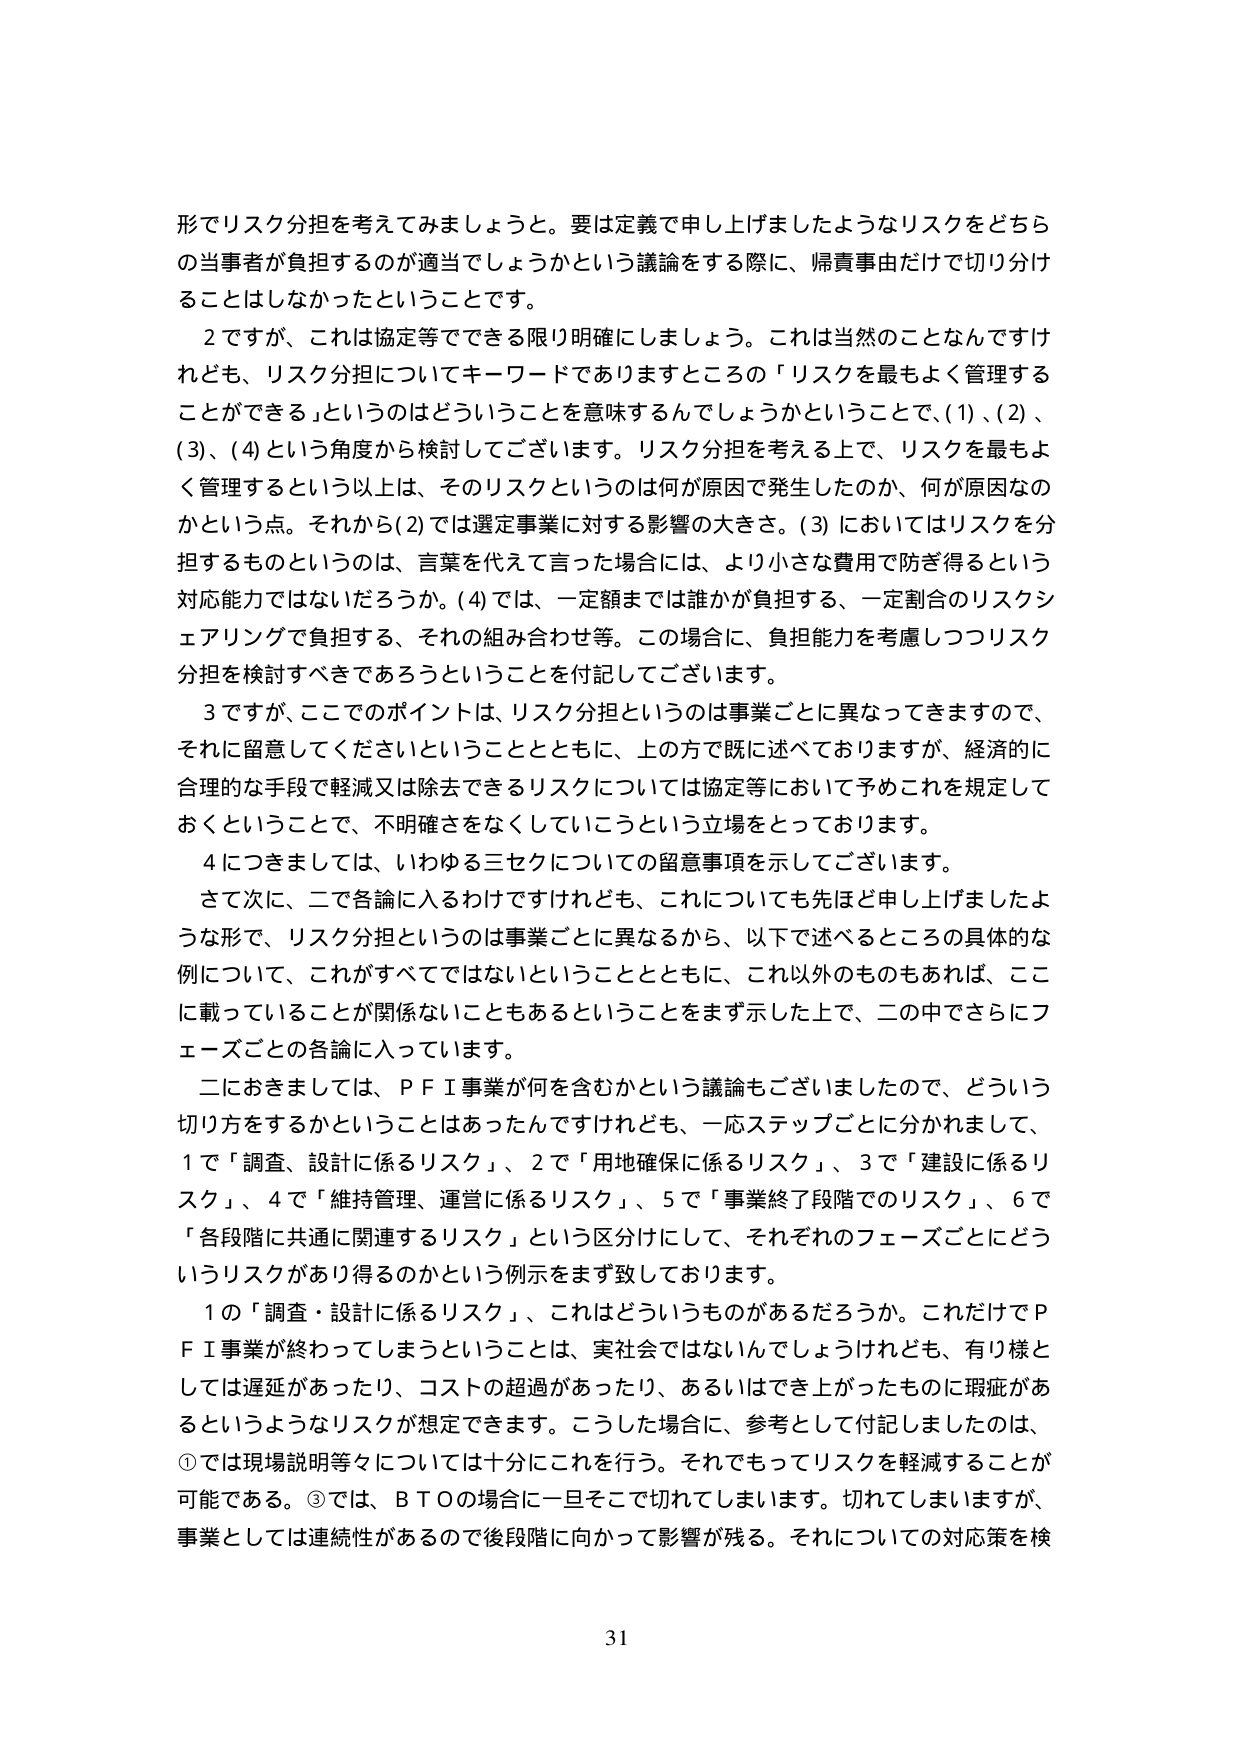
形でリスク分担を考えてみましょうと。要は定義で申し上げましたようなリスクをどちらの当事者が負担するのが適当でしょうかという議論をする際に、帰責事由だけで切り分けることはしなかったということです。

２ですが、これは協定等でできる限り明確にしましょう。これは当然のことなんですけれども、リスク分担についてキーワードでありますところの「リスクを最もよく管理することができる」というのはどういうことを意味するんでしょうかということで、(1)、(2)、(3)、(4)という角度から検討してございます。リスク分担を考える上で、リスクを最もよく管理するという以上は、そのリスクというのは何が原因で発生したのか、何が原因なのかという点。それから(2)では選定事業に対する影響の大きさ。(3)においてはリスクを分担するものというのは、言葉を代えて言った場合には、より小さな費用で防ぎ得るという対応能力ではないだろうか。(4)では、一定額までは誰かが負担する、一定割合のリスクシェアリングで負担する、それの組み合わせ等。この場合に、負担能力を考慮しつつリスク分担を検討すべきであろうということを付記してございます。

３ですが、ここでのポイントは、リスク分担というのは事業ごとに異なってきますので、それに留意してくださいということとともに、上の方で既に述べておりますが、経済的に合理的な手段で軽減又は除去できるリスクについては協定等において予めこれを規定しておくということで、不明確さをなくしていこうという立場をとっております。

４につきましては、いわゆる三セクについての留意事項を示してございます。

さて次に、二で各論に入るわけですがけれども、これについても先ほど申し上げましたような形で、リスク分担というのは事業ごとに異なるから、以下で述べるところの具体的な例について、これがすべてではないということとともに、これ以外のものもあれば、ここに載っていることが関係ないこともあるということをまず示した上で、二の中でさらにフェーズごとの各論に入っています。

二におきましては、ＰＦＩ事業が何を含むかという議論もございましたので、どういう切り方をするかということはあったんですけれども、一応ステップごとに分かれまして、1で「調査、設計に係るリスク」、2で「用地確保に係るリスク」、3で「建設に係るリスク」、4で「維持管理、運営に係るリスク」、5で「事業終了段階でのリスク」、6で「各段階に共通に関連するリスク」という区分にして、それぞれのフェーズごとにどういうリスクがあり得るのかという例示をまず致しております。

1の「調査・設計に係るリスク」、これはどういうものがあるだろうか。これだけでＰＦＩ事業が終わってしまうということは、実社会ではないんでしょうけれども、有り様としては遅延があったり、コストの超過があったり、あるいはでき上がったものに瑕疵があるというようなリスクが想定できます。こうした場合に、参考として付記しましたのは、①では現場説明等々については十分にこれを行う。それでもってリスクを軽減することが可能である。③では、ＢＴＯの場合に一旦そこで切れてしまいます。切れてしまいますが、事業としては連続性があるので後段階に向かって影響が残る。それについての対応策を検

31